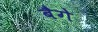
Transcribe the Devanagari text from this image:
बैगे